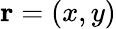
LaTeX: \mathbf{r}=(x,y)